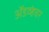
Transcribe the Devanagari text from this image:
ॲडव्हंचर